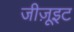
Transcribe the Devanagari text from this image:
जीज़ूइट